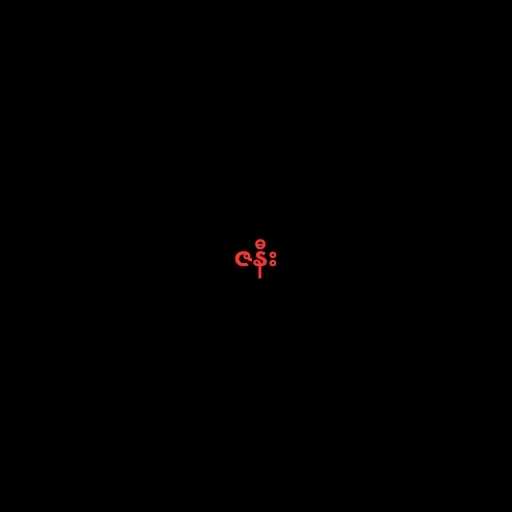
ဇနီး